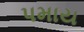
પમાય